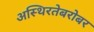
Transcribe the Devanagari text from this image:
अस्थिरतेबरोबर